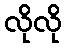
လိုလို